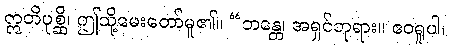
ဣတိပုစ္ဆိ၊ ဤသို့မေးတော်မူ၏။ “ဘန္တေ၊ အရှင်ဘုရား။ ဧဝရူပါ၊